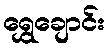
ရွှေချောင်း